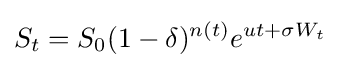
S_{t}=S_{0}(1-\delta )^{n(t)}e^{ut+\sigma W_{t}}